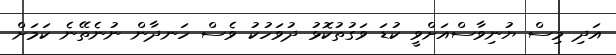
އަދި މިސް ޔުނިވާސްއަށްވީ ކުޑަ ވަގުތުކޮޅު ދުވަހުކު ވެސް ހަނދާން ނުނެތޭނެ ކަމަށް